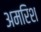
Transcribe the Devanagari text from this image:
अमरिश